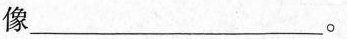
像___。